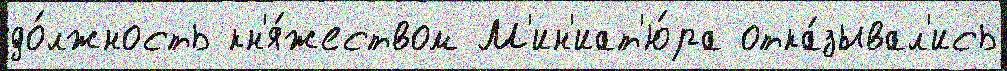
до́лжность кн'я́жеством М'ин'иат'ю́ра отка́зывал'ись